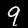
Label: 9